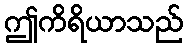
ဤကိရိယာသည်